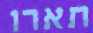
תארו